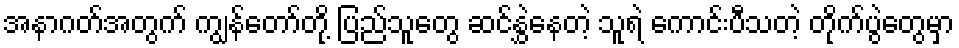
အနာဂတ်အတွက် ကျွန်တော်တို့ ပြည်သူတွေ ဆင်နွှဲနေတဲ့ သူရဲ ကောင်းပီသတဲ့ တိုက်ပွဲတွေမှာ